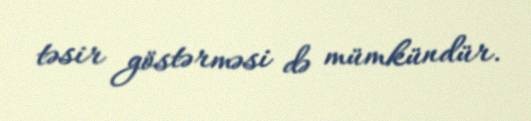
təsir göstərməsi də mümkündür.